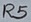
Text: R5